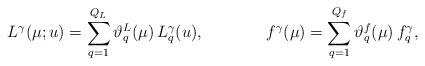
LaTeX: \begin{align*}L^\gamma(\mu; u) &= \sum_{q=1}^{Q_L} \vartheta_q^L(\mu)\, L^\gamma_q(u), &f^\gamma(\mu) &= \sum_{q=1}^{Q_f} \vartheta_q^f(\mu)\, f^\gamma_q,\end{align*}